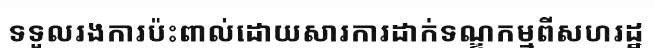
ទទួលរងការប៉ះពាល់ដោយសារការដាក់ទណ្ឌកម្មពីសហរដ្ឋ